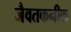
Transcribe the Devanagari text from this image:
जैवतकनीक